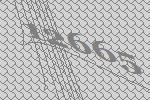
12665